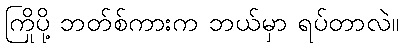
ကြိုပို့ ဘတ်စ်ကားက ဘယ်မှာ ရပ်တာလဲ။